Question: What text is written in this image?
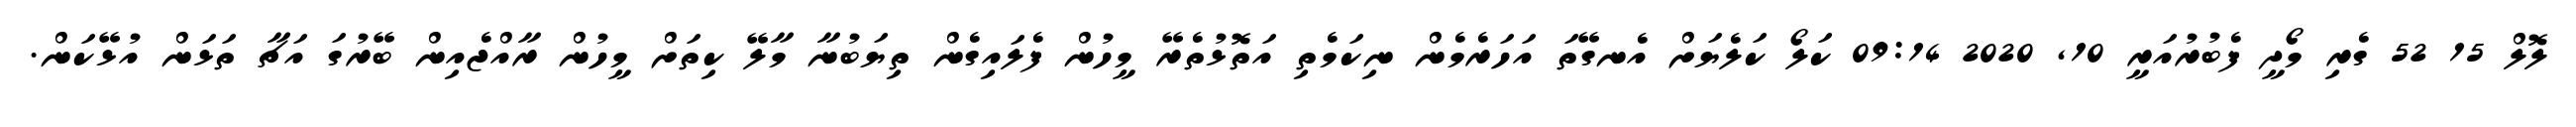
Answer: ލޮލް 15 52 ގެރި މޯދީ ފެބުރުއަރީ 10, 2020 09:14 ކަލޯ ކަލެޔަށް އެނގޭތަ އަހަރެމެން ނިކަމެތި އަތޮޅުތެރޭ މީހުން ފެލައިގެން ތިޔަބުނާ މާލޭ ކިތަށް މީހުން ރާއްޖެއިން ބޭރުގަ އަޗާ ތަޅަން އުޅޭކަން.